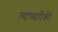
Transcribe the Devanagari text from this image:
त्याच्यापैकी